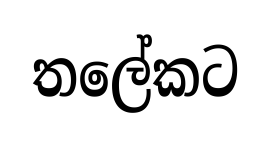
තලේකට